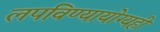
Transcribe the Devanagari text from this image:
लपविण्यायोग्यही